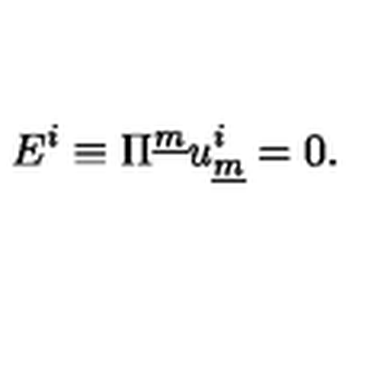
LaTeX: E ^ { i } \equiv \Pi ^ { \underline { { m } } } u _ { \underline { { m } } } ^ { i } = 0 .